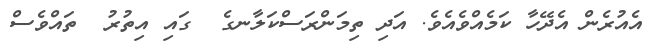
އެއުރެން އެދޭހާ ކަމެއްވެއެވެ. އަދި ތިމަންރަސްކަލާނގެ  ގައި އިތުރު  ތައްވެސް